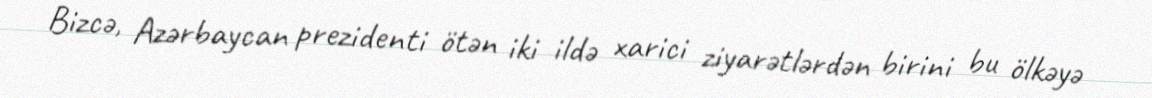
Bizcə, Azərbaycan prezidenti ötən iki ildə xarici ziyarətlərdən birini bu ölkəyə